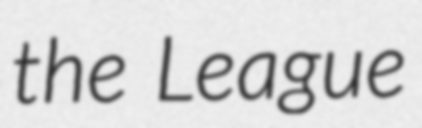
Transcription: the League